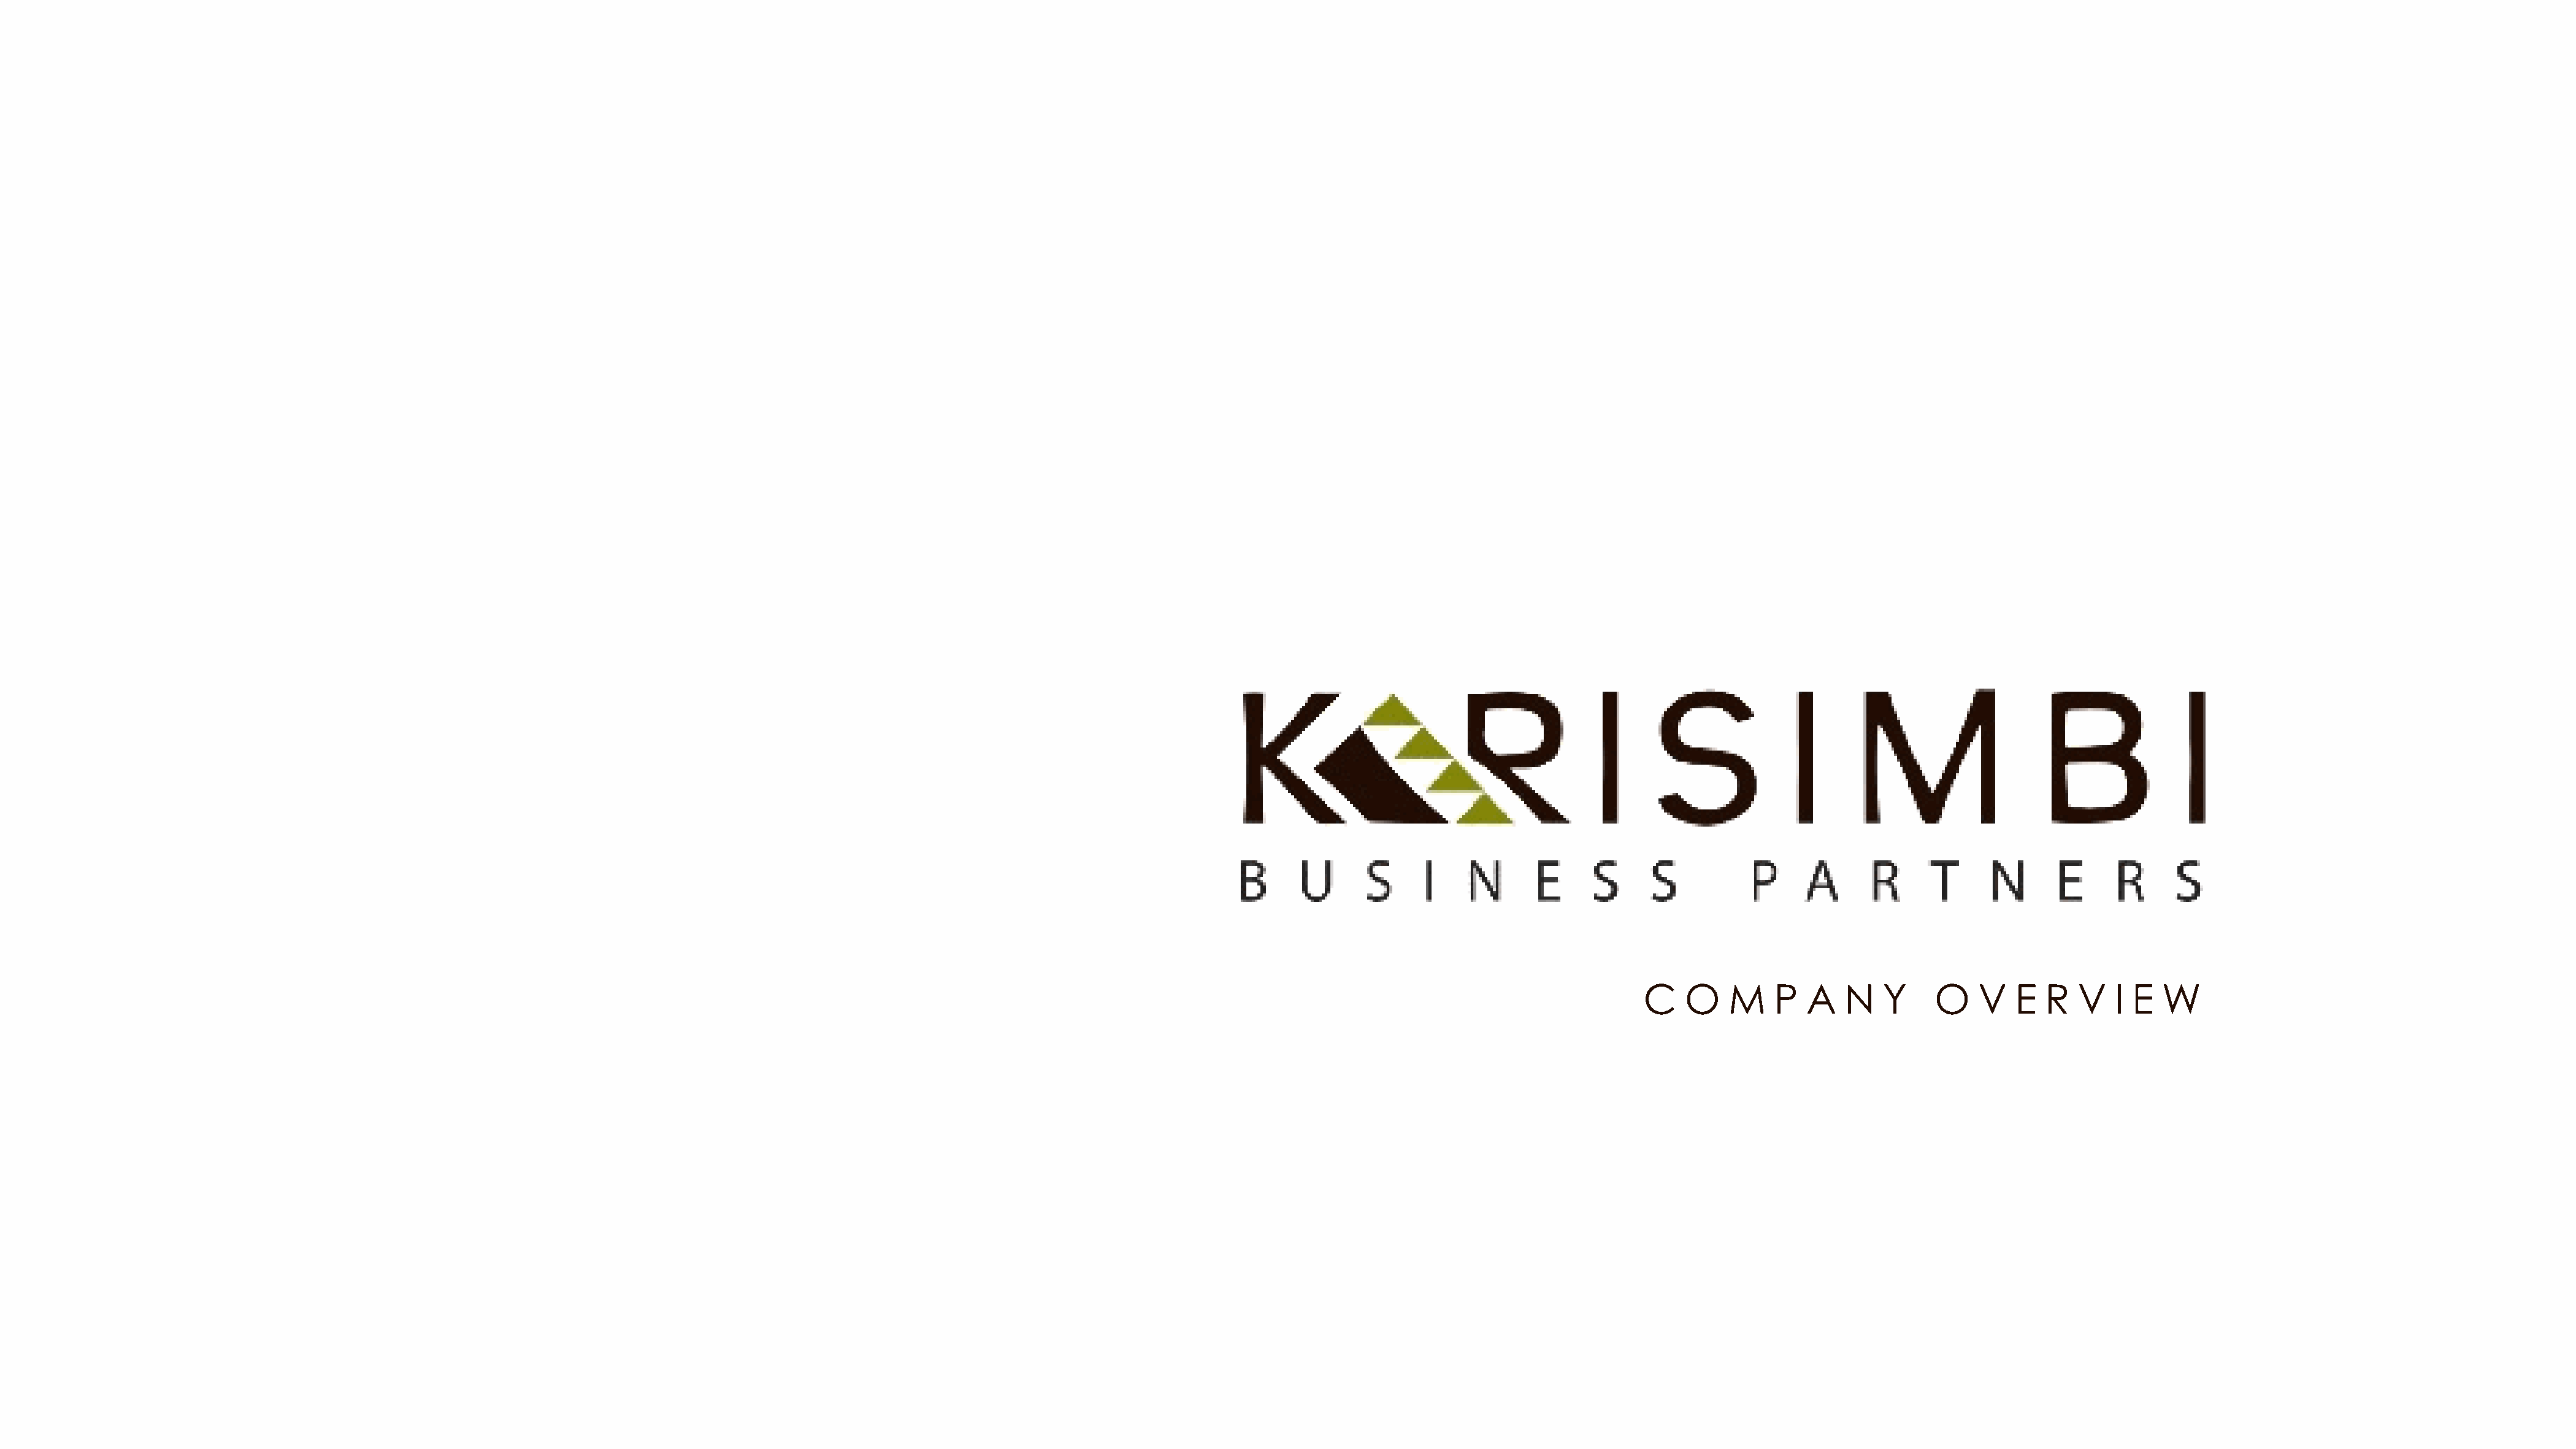
C    O    M   P   A   N   Y     O    V   E  R  V   I E  W